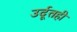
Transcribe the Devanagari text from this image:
उर्दूतही